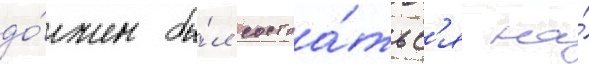
до́лжен бы́л состоа́тьс'я на́